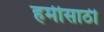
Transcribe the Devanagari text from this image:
हमीसाठी